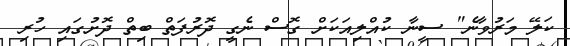
ކަލޭ މަރުވާނެ" ސީނާ ކުއްލިއަކަށް ގޮސް ނެގީ ދޮރުފަތް ބިތް ދޮށުގައި ހުރި